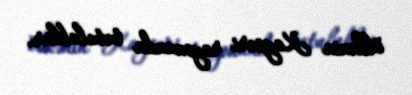
ölkənin Kayseri rayonunda tutulublar.